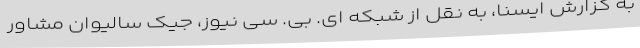
به گزارش ایسنا، به نقل از شبکه ای. بی. سی نیوز، جیک سالیوان مشاور